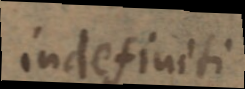
indefiniti